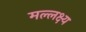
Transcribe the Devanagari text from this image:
मल्लक्ष्य